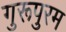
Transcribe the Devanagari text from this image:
गुरूपुरम